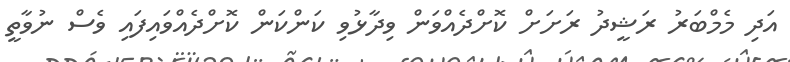
އަދި މެމްބަރު ރަޝީދު ރަށަށް ކޮށްދެއްވަން ވިދާޅުވި ކަންކަން ކޮށްދެއްވައިފައި ވެސް ނުވާތީ